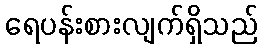
ရေပန်းစားလျက်ရှိသည်